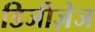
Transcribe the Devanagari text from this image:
डिजीज़ेज